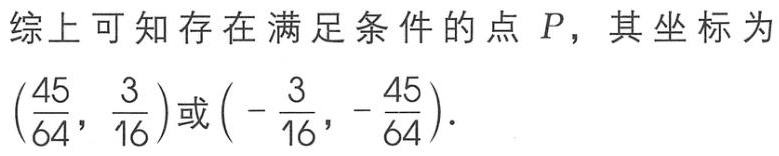
综上可知存在满足条件的点 \(P\)，其坐标为\(\left(\frac{45}{64},\frac{3}{16}\right)\)或\(\left(-\frac{3}{16},-\frac{45}{64}\right)\)。